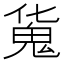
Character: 𩲜